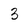
Character: 3